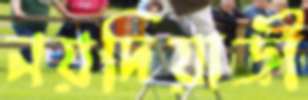
নয়দিয়াড়ী